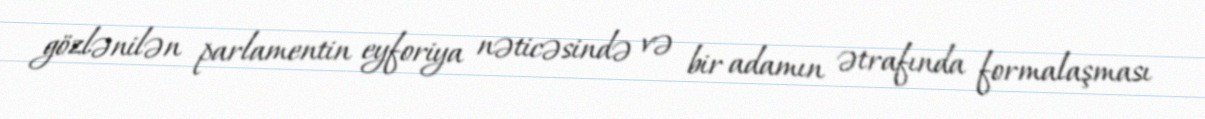
gözlənilən parlamentin eyforiya nəticəsində və bir adamın ətrafında formalaşması